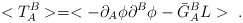
\begin{align*}<T_A^B> = <-\partial_A \phi \partial^B \phi - \bar{G}_A^B L>\ .\end{align*}